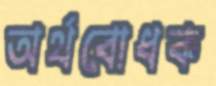
অর্থবোধক